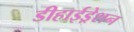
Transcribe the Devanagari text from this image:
डीहाईड्रेशन